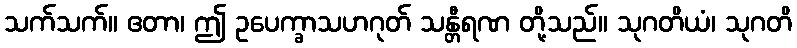
သက်သက်။ ဧတာ၊ ဤ ဥပေက္ခာသဟဂုတ် သန္တီရဏ တို့သည်။ သုဂတိယံ၊ သုဂတိ